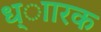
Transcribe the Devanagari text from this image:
ध्ाारक